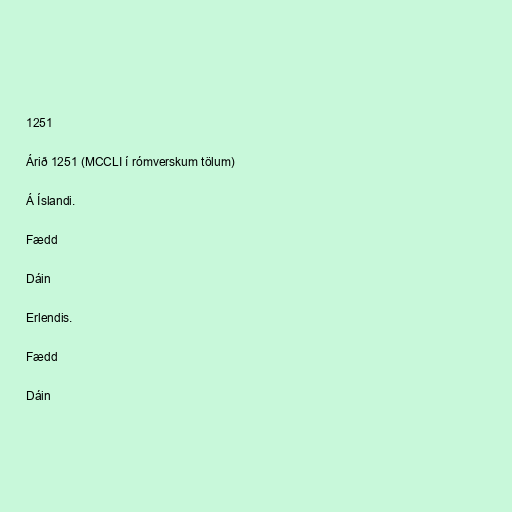
1251

Árið 1251 (MCCLI í rómverskum tölum)

Á Íslandi.

Fædd

Dáin

Erlendis.

Fædd

Dáin